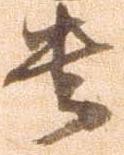
貴